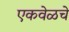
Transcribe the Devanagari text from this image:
एकवेळचे